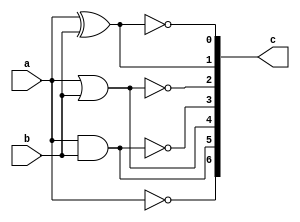
`timescale 1ns / 1ps
//////////////////////////////////////////////////////////////////////////////////
// Company: 
// Engineer: 
// 
// Design Name: 
// Module Name: gates_bm
// Project Name: 
// Target Devices: 
// Tool Versions: 
// Description: 
// 
// Dependencies: 
// 
// Revision:
// Revision 0.01 - File Created
// Additional Comments:
// 
//////////////////////////////////////////////////////////////////////////////////


module gates_bm(
input a,input b,
output reg[0:6]c
    );
always @ (a or b)
begin 
c[0]=~a;
c[1]=a&b;
c[2]=a|b;
c[3]=~(a&b);
c[4]=~(a|b);
c[5]=a^b;
c[6]=~(a^b);
end
endmodule